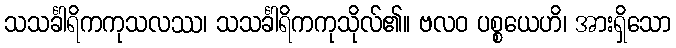
သသင်္ခါရိကကုသလဿ၊ သသင်္ခါရိကကုသိုလ်၏။ ဗလဝ ပစ္စယေဟိ၊ အားရှိသော